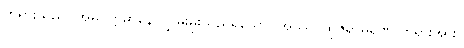
တရားသည်။ အဓိဝတ္တမာနေ၊ လွှမ်းမိုးသည်ရှိသော်။ အဿ၊ ထိုဇရာမရဏ တရားအား။